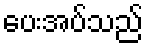
ပေးအပ်သည်